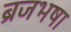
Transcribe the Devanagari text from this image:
ब्रजभषा